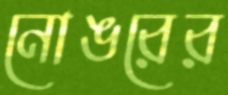
নোঙরের